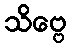
သိဗ္ဗေ